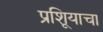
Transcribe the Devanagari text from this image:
प्रूशियाचा